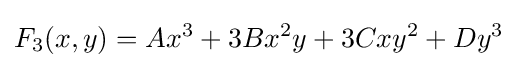
F_{3}(x,y)=Ax^{3}+3Bx^{2}y+3Cxy^{2}+Dy^{3}